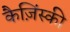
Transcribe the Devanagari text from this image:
कैज़िंस्की